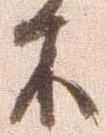
木